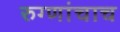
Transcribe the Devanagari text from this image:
रुग्णांचाच